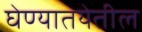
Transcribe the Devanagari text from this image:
घेण्यातयेतील